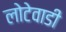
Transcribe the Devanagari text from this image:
लोटेवाडी